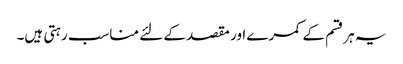
یہ ہرقسم کے کمرے اور مقصد کے لئے مناسب رہتی ہیں۔